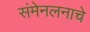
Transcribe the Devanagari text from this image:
संमेनलनाचे